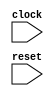
module IntervalTester(
    input clock,
    input reset
);
    wire [3:0] _cycle__q;
    wire [3:0] _cycle__d;
    DFF_POSCLK #(.width(4)) cycle (
        .q(_cycle__q),
        .d(_cycle__d),
        .clk(clock)
    );
    wire [3:0] _WTEMP_0;
    MUX_UNSIGNED #(.width(4)) u_mux_1 (
        .y(_cycle__d),
        .sel(reset),
        .a(4'h0),
        .b(_WTEMP_0)
    );
    wire done;
    wire wrap_wrap;
    EQ_UNSIGNED #(.width(4)) u_eq_2 (
        .y(wrap_wrap),
        .a(_cycle__q),
        .b(4'hA)
    );
    wire [4:0] _wrap_value_T;
    wire [3:0] _WTEMP_1;
    PAD_UNSIGNED #(.width(1), .n(4)) u_pad_3 (
        .y(_WTEMP_1),
        .in(1'h1)
    );
    ADD_UNSIGNED #(.width(4)) u_add_4 (
        .y(_wrap_value_T),
        .a(_cycle__q),
        .b(_WTEMP_1)
    );
    wire [3:0] _wrap_value_T_1;
    TAIL #(.width(5), .n(1)) tail_5 (
        .y(_wrap_value_T_1),
        .in(_wrap_value_T)
    );
    wire [3:0] _node_0;
    wire [3:0] _WTEMP_2;
    PAD_UNSIGNED #(.width(1), .n(4)) u_pad_6 (
        .y(_WTEMP_2),
        .in(1'h0)
    );
    MUX_UNSIGNED #(.width(4)) u_mux_7 (
        .y(_node_0),
        .sel(wrap_wrap),
        .a(_WTEMP_2),
        .b(_wrap_value_T_1)
    );
    wire _T;
    BITS #(.width(1), .high(0), .low(0)) bits_8 (
        .y(_T),
        .in(reset)
    );
    wire _T_1;
    EQ_UNSIGNED #(.width(1)) u_eq_9 (
        .y(_T_1),
        .a(_T),
        .b(1'h0)
    );
    wire _dut__clock;
    wire _dut__reset;
    wire [4:0] _dut__io_in1;
    wire [7:0] _dut__io_in2;
    wire [8:0] _dut__io_out;
    IntervalTest1 dut (
        .clock(_dut__clock),
        .reset(_dut__reset),
        .io_in1(_dut__io_in1),
        .io_in2(_dut__io_in2),
        .io_out(_dut__io_out)
    );
    wire [3:0] _node_2;
    ASSINT #(.width(4)) assint_12 (
        .y(_node_2),
        .in(4'h4)
    );
    wire [6:0] _node_3;
    SHL_SIGNED #(.width(4), .n(3)) s_shl_13 (
        .y(_node_3),
        .in(_node_2)
    );
    wire [4:0] _node_4;
    ASSINT #(.width(5)) assint_14 (
        .y(_node_4),
        .in(5'h8)
    );
    wire [7:0] _node_5;
    SHL_SIGNED #(.width(5), .n(3)) s_shl_15 (
        .y(_node_5),
        .in(_node_4)
    );
    wire _T_2;
    wire [8:0] _WTEMP_3;
    PAD_SIGNED #(.width(8), .n(9)) s_pad_16 (
        .y(_WTEMP_3),
        .in(_node_5)
    );
    EQ_SIGNED #(.width(9)) s_eq_17 (
        .y(_T_2),
        .a(_dut__io_out),
        .b(_WTEMP_3)
    );
    wire _T_3;
    BITS #(.width(1), .high(0), .low(0)) bits_18 (
        .y(_T_3),
        .in(reset)
    );
    wire _T_4;
    BITWISEOR #(.width(1)) bitwiseor_19 (
        .y(_T_4),
        .a(_T_2),
        .b(_T_3)
    );
    wire _T_5;
    EQ_UNSIGNED #(.width(1)) u_eq_20 (
        .y(_T_5),
        .a(_T_4),
        .b(1'h0)
    );
    wire _T_6;
    BITS #(.width(1), .high(0), .low(0)) bits_21 (
        .y(_T_6),
        .in(reset)
    );
    wire _T_7;
    EQ_UNSIGNED #(.width(1)) u_eq_22 (
        .y(_T_7),
        .a(_T_6),
        .b(1'h0)
    );
    MUX_UNSIGNED #(.width(4)) u_mux_23 (
        .y(_WTEMP_0),
        .sel(1'h1),
        .a(_node_0),
        .b(_cycle__q)
    );
    MUX_UNSIGNED #(.width(1)) u_mux_24 (
        .y(done),
        .sel(1'h1),
        .a(wrap_wrap),
        .b(1'h0)
    );
    assign _dut__clock = clock;
    wire [3:0] _WTEMP_4;
    PAD_SIGNED #(.width(4), .n(5)) s_pad_25 (
        .y(_dut__io_in1),
        .in(_WTEMP_4)
    );
    ASSINT #(.width(4)) assint_26 (
        .y(_WTEMP_4),
        .in(4'h4)
    );
    PAD_SIGNED #(.width(7), .n(8)) s_pad_27 (
        .y(_dut__io_in2),
        .in(_node_3)
    );
    assign _dut__reset = reset;
endmodule //IntervalTester
module DFF_POSCLK(q, d, clk);
    parameter width = 4;
    output reg [width-1:0] q;
    input [width-1:0] d;
    input clk;
    always @(posedge clk) begin
        q <= d;
    end
endmodule // DFF_POSCLK
module MUX_UNSIGNED(y, sel, a, b);
    parameter width = 4;
    output [width-1:0] y;
    input sel;
    input [width-1:0] a;
    input [width-1:0] b;
    assign y = sel ? a : b;
endmodule // MUX_UNSIGNED
module EQ_UNSIGNED(y, a, b);
    parameter width = 4;
    output y;
    input [width-1:0] a;
    input [width-1:0] b;
    assign y = a == b;
endmodule // EQ_UNSIGNED
module PAD_UNSIGNED(y, in);
    parameter width = 4;
    parameter n = 4;
    output [(n > width ? n : width)-1:0] y;
    input [width-1:0] in;
    assign y = (n > width) ? {{(n - width){1'b0}}, in} : in;
endmodule // PAD_UNSIGNED
module ADD_UNSIGNED(y, a, b);
    parameter width = 4;
    output [width:0] y;
    input [width-1:0] a;
    input [width-1:0] b;
    assign y = a + b;
endmodule // ADD_UNSIGNED
module TAIL(y, in);
    parameter width = 4;
    parameter n = 2;
    output [width-n-1:0] y;
    input [width-1:0] in;
    assign y = in[width-n-1:0];
endmodule // TAIL
module BITS(y, in);
    parameter width = 4;
    parameter high = 2;
    parameter low = 0;
    output [high-low:0] y;
    input [width-1:0] in;
    assign y = in[high:low];
endmodule // BITS
module IntervalTest1(
    input clock,
    input reset,
    input [4:0] io_in1,
    input [7:0] io_in2,
    output [8:0] io_out
);
    wire [7:0] _node_1;
    SHL_SIGNED #(.width(5), .n(3)) s_shl_10 (
        .y(_node_1),
        .in(io_in1)
    );
    wire [8:0] _io_out_T;
    ADD_SIGNED #(.width(8)) s_add_11 (
        .y(_io_out_T),
        .a(_node_1),
        .b(io_in2)
    );
    assign io_out = _io_out_T;
endmodule //IntervalTest1
module SHL_SIGNED(y, in);
    parameter width = 4;
    parameter n = 4;
    output [width+n-1:0] y;
    input [width-1:0] in;
    wire [width+n-1:0] temp;
    assign temp = {{n{in[width-1]}}, in};
    assign y = $signed(temp) << n;
endmodule // SHL_SIGNED
module ADD_SIGNED(y, a, b);
    parameter width = 4;
    output [width:0] y;
    input [width-1:0] a;
    input [width-1:0] b;
    assign y = $signed(a) + $signed(b);
endmodule // ADD_SIGNED
module ASSINT(y, in);
    parameter width = 4;
    output [width-1:0] y;
    input [width-1:0] in;
    assign y = $signed(in);
endmodule // ASSINT
module PAD_SIGNED(y, in);
    parameter width = 4;
    parameter n = 4;
    output [(n > width ? n : width)-1:0] y;
    input [width-1:0] in;
    assign y = n > width ? {{(n - width){in[width-1]}}, in} : in;
endmodule // PAD_SIGNED
module EQ_SIGNED(y, a, b);
    parameter width = 4;
    output y;
    input [width-1:0] a;
    input [width-1:0] b;
    assign y = $signed(a) == $signed(b);
endmodule // EQ_SIGNED
module BITWISEOR(y, a, b);
    parameter width = 4;
    output [width-1:0] y;
    input [width-1:0] a;
    input [width-1:0] b;
    assign y = a | b;
endmodule // BITWISEOR